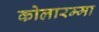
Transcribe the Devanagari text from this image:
कोलारम्मा